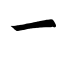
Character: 一